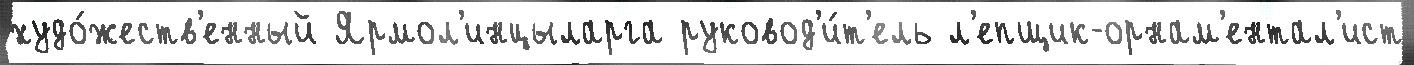
худо́жеств'енный Ярмол'инцыларга руковод'и́т'ель л'епщик-орнам'ентал'ист